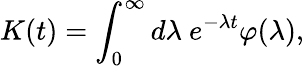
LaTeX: K(t)=\int_{0}^{\infty}d\lambda~e^{-\lambda t}\varphi(\lambda),